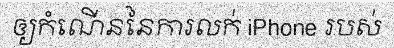
ឲ្យកំណើននៃការលក់ iPhone របស់